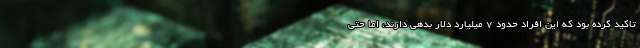
تاکید کرده بود که این افراد حدود ۷ میلیارد دلار بدهی دارند، اما حتی